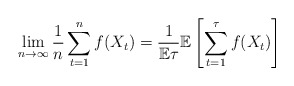
\begin{align*}\lim_{n\to\infty}\frac{1}{n}\sum_{t=1}^{n}f(X_t)=\frac{1}{\mathbb{E}\tau}\mathbb{E}\left[\sum_{t=1}^{\tau}f(X_t)\right]\quad\end{align*}